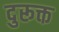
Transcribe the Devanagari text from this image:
दुरूक्त